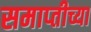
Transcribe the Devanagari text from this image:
समाप्‍तीच्या